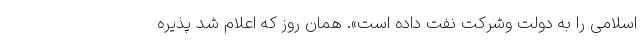
اسلامی را به دولت وشرکت نفت داده است». همان روز که اعلام شد پذیره